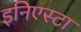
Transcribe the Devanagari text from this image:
इनिएस्टा